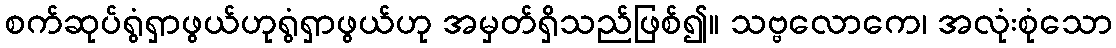
စက်ဆုပ်ရွံရှာဖွယ်ဟုရွံရှာဖွယ်ဟု အမှတ်ရှိသည်ဖြစ်၍။ သဗ္ဗလောကေ၊ အလုံးစုံသော